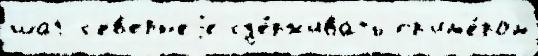
шаг с'ев'ерн'еjе сд'е́рживать пр'им'е́ром